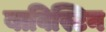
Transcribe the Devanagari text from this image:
बाविस्टिन